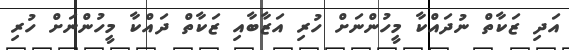
އަދި ޒަކާތް ނުދައްކާ މީހުންނަށް ހުރި އަޒާބާއި ޒަކާތް ދައްކާ މީހުންނަށް ހުރި